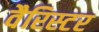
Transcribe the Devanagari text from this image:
वैरिस्टर